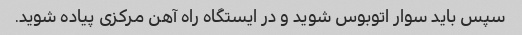
سپس باید سوار اتوبوس شوید و در ایستگاه راه آهن مرکزی پیاده شوید.